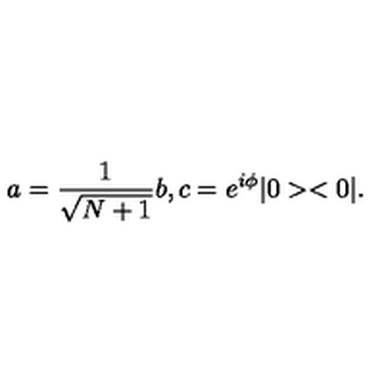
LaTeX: a = \frac { 1 } { \sqrt { N + 1 } } b , c = e ^ { i \phi } | 0 > < 0 | .